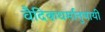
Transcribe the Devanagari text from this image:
वैदिकधर्मानुयायी